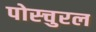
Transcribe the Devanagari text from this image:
पोस्चुरल